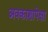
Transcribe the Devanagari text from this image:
अवकाशापेक्षा